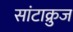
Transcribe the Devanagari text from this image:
सांटाक्रुज